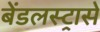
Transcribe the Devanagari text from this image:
बेंडलस्ट्रासे